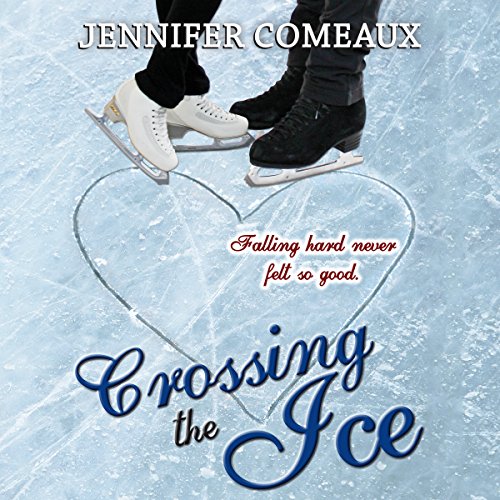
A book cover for Crossing the Ice; Jennifer Comeaux; Sports & Outdoors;